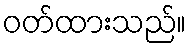
ဝတ်ထားသည်။